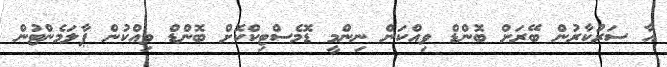
އާ ސަރުކާރުން ބޭރަށް ބޮންޑް ވިއްކަން ނިންމީ ޑޮމެސްޓިކްކޮށް ބޮންޑް ވިއްކުން ޕާލަމެންޓުން